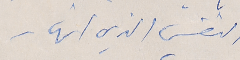
النفسي الذي انهار